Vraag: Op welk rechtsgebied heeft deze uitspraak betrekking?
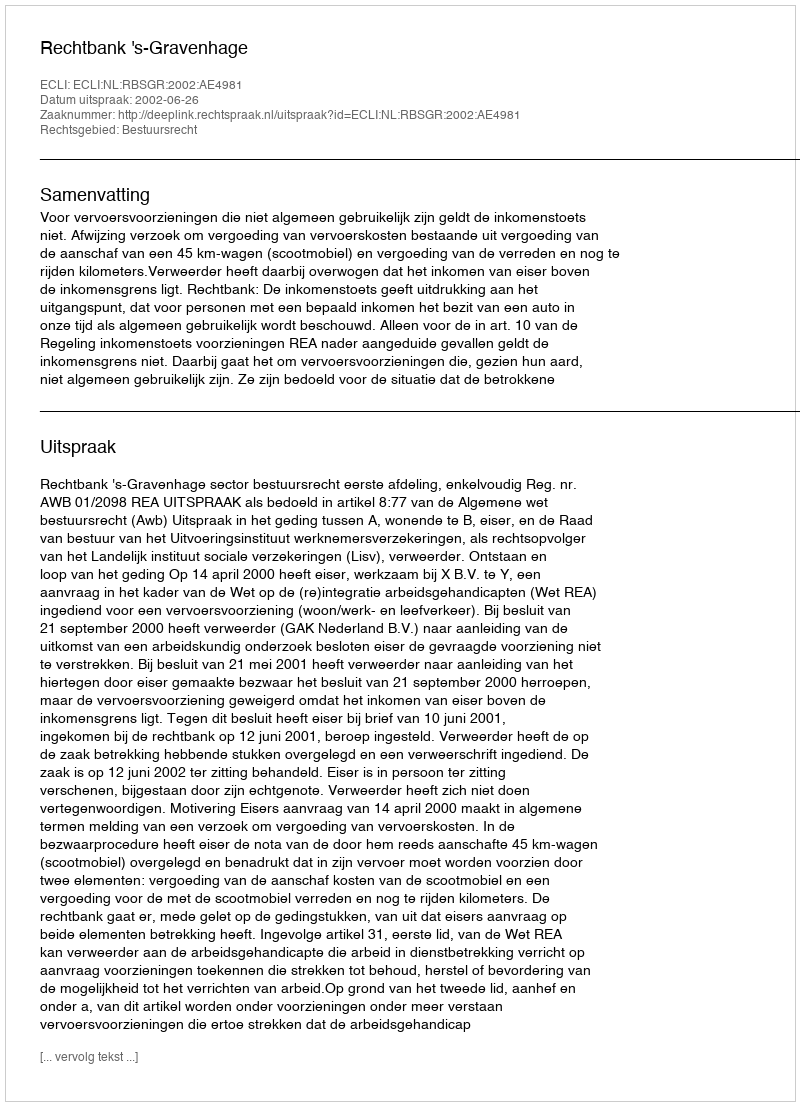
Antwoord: Bestuursrecht